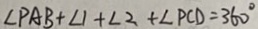
\angle P A B + \angle 1 + \angle 2 + \angle P C D = 3 6 0 ^ { \circ }